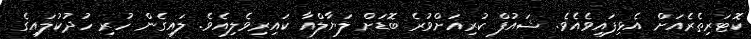
ކޮޓަރިތެރެއަށް އެޅިފައިވެއެވެ. ޝައުފް ކުރިއަށްވުރެ ބޮޑަށް ލަޔާލްއާ ކައިރިވެލިއެވެ. ލައިގެން ހުރި ހުދުކުލައިގެ